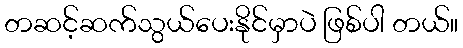
တဆင့်ဆက်သွယ်ပေးနိုင်မှာပဲ ဖြစ်ပါ တယ်။